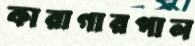
কারাগারপাল